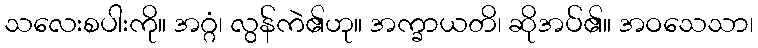
သလေးစပါးကို။ အဂ္ဂံ၊ လွန်ကဲ၏ဟု။ အက္ခာယတိ၊ ဆိုအပ်၏။ အဝသေသာ၊